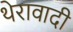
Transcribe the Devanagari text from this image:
थेरावादी